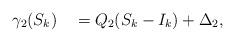
LaTeX: \begin{align*}\gamma_2(S_k) \quad=Q_2(S_k-I_k) + \Delta_2,\end{align*}